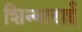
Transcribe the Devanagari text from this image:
शिन्वाराई